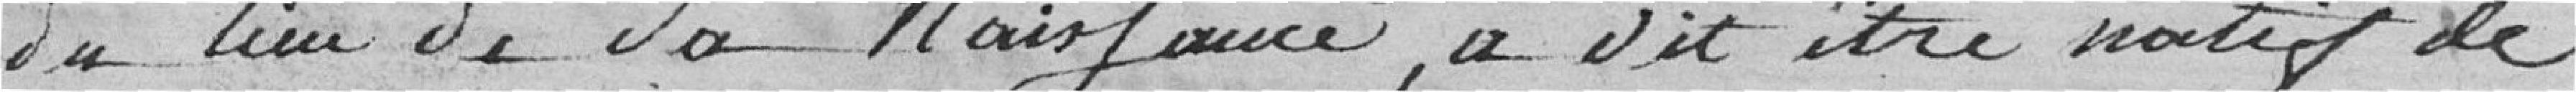
du lieu de sa naissance, a dit être natif de